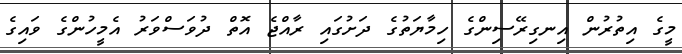
މީގެ އިތުރުން އިނގިރޭސިންގެ ހިމާޔަތުގެ ދަށުގައި ރާއްޖެ އޮތް ދުވަސްވަރު އެމީހުންގެ ވައިގެ